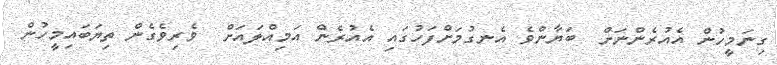
ގިނަމީހުން އެއުރެންނަށް  ބަޔާންވެ އެނގުމަށްފަހުގައި އެއުރެން އަމިއްލައަށް  ވެރިވެގެން ތިޔަބައިމީހުން